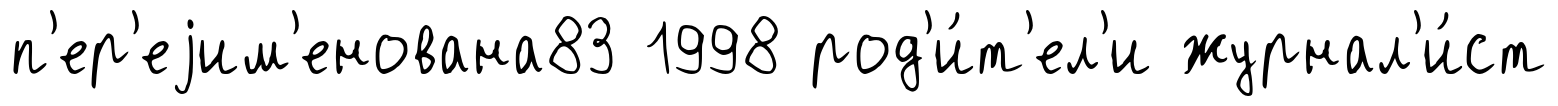
п'ер'еjим'енована83 1998 род'и́т'ел'и журнал'и́ст